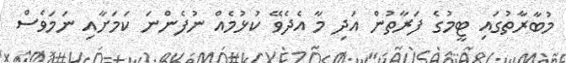
މުބާރާތުގައި ޓީމުގެ ފަރާތުން އަދި މާ އެދެވޭ ކުޅުމެއް ނުފެންނަ ކަމަށާއި ނަމަވެސް